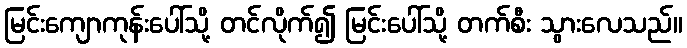
မြင်းကျောကုန်းပေါ်သို့ တင်လိုက်၍ မြင်းပေါ်သို့ တက်စီး သွားလေသည်။